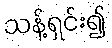
သန့်ရှင်း၍